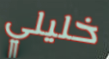
خليلي